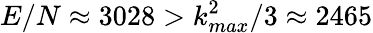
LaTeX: E/N\approx 3028>k_{max}^{2}/3\approx 2465